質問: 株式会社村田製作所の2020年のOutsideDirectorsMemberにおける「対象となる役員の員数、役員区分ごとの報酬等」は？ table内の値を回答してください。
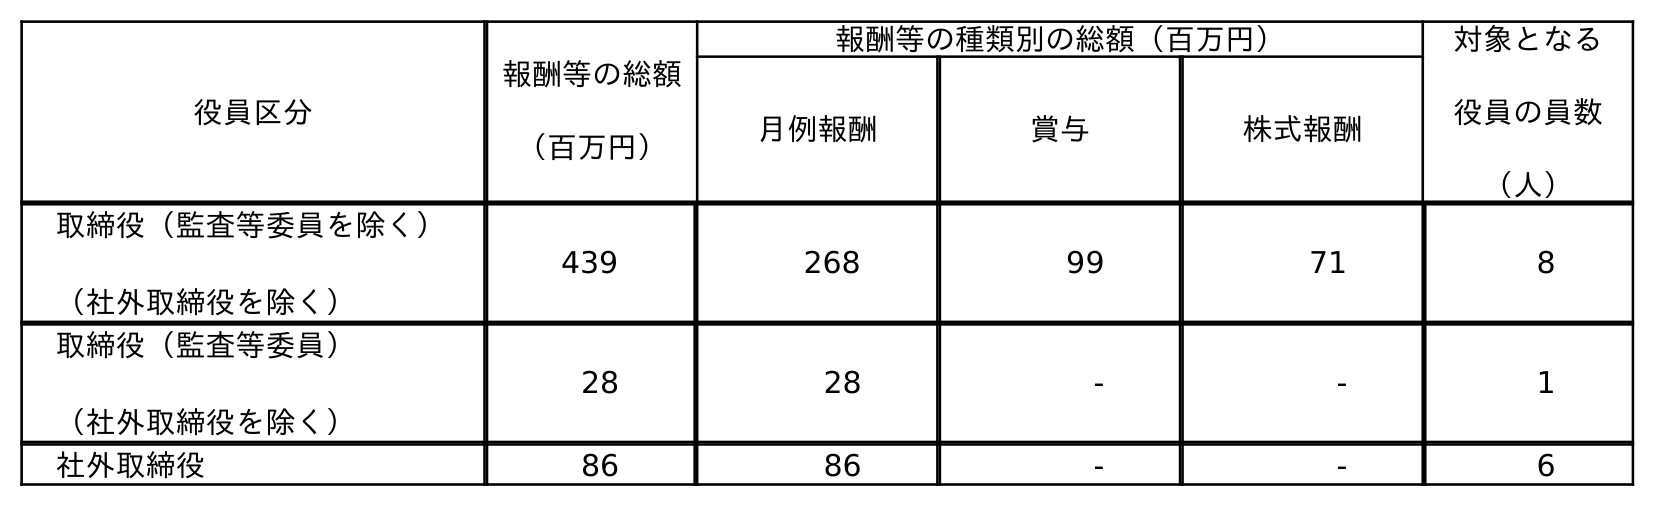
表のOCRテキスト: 役員区分 報酬等の総額 （百万円） 報酬等の種類別の総額（百万円） 対象となる 役員の員数 （人） 月例報酬 賞与 株式報酬 取締役（監査等委員を除く） （社外取締役を除く） 439 268 99 71 8 取締役（監査等委員） （社外取締役を除く） 28 28 - - 1 社外取締役 86 86 - - 6
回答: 6